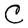
Character: C